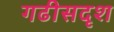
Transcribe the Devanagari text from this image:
गढीसदृश